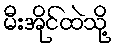
မီးအိုင်ထဲသို့